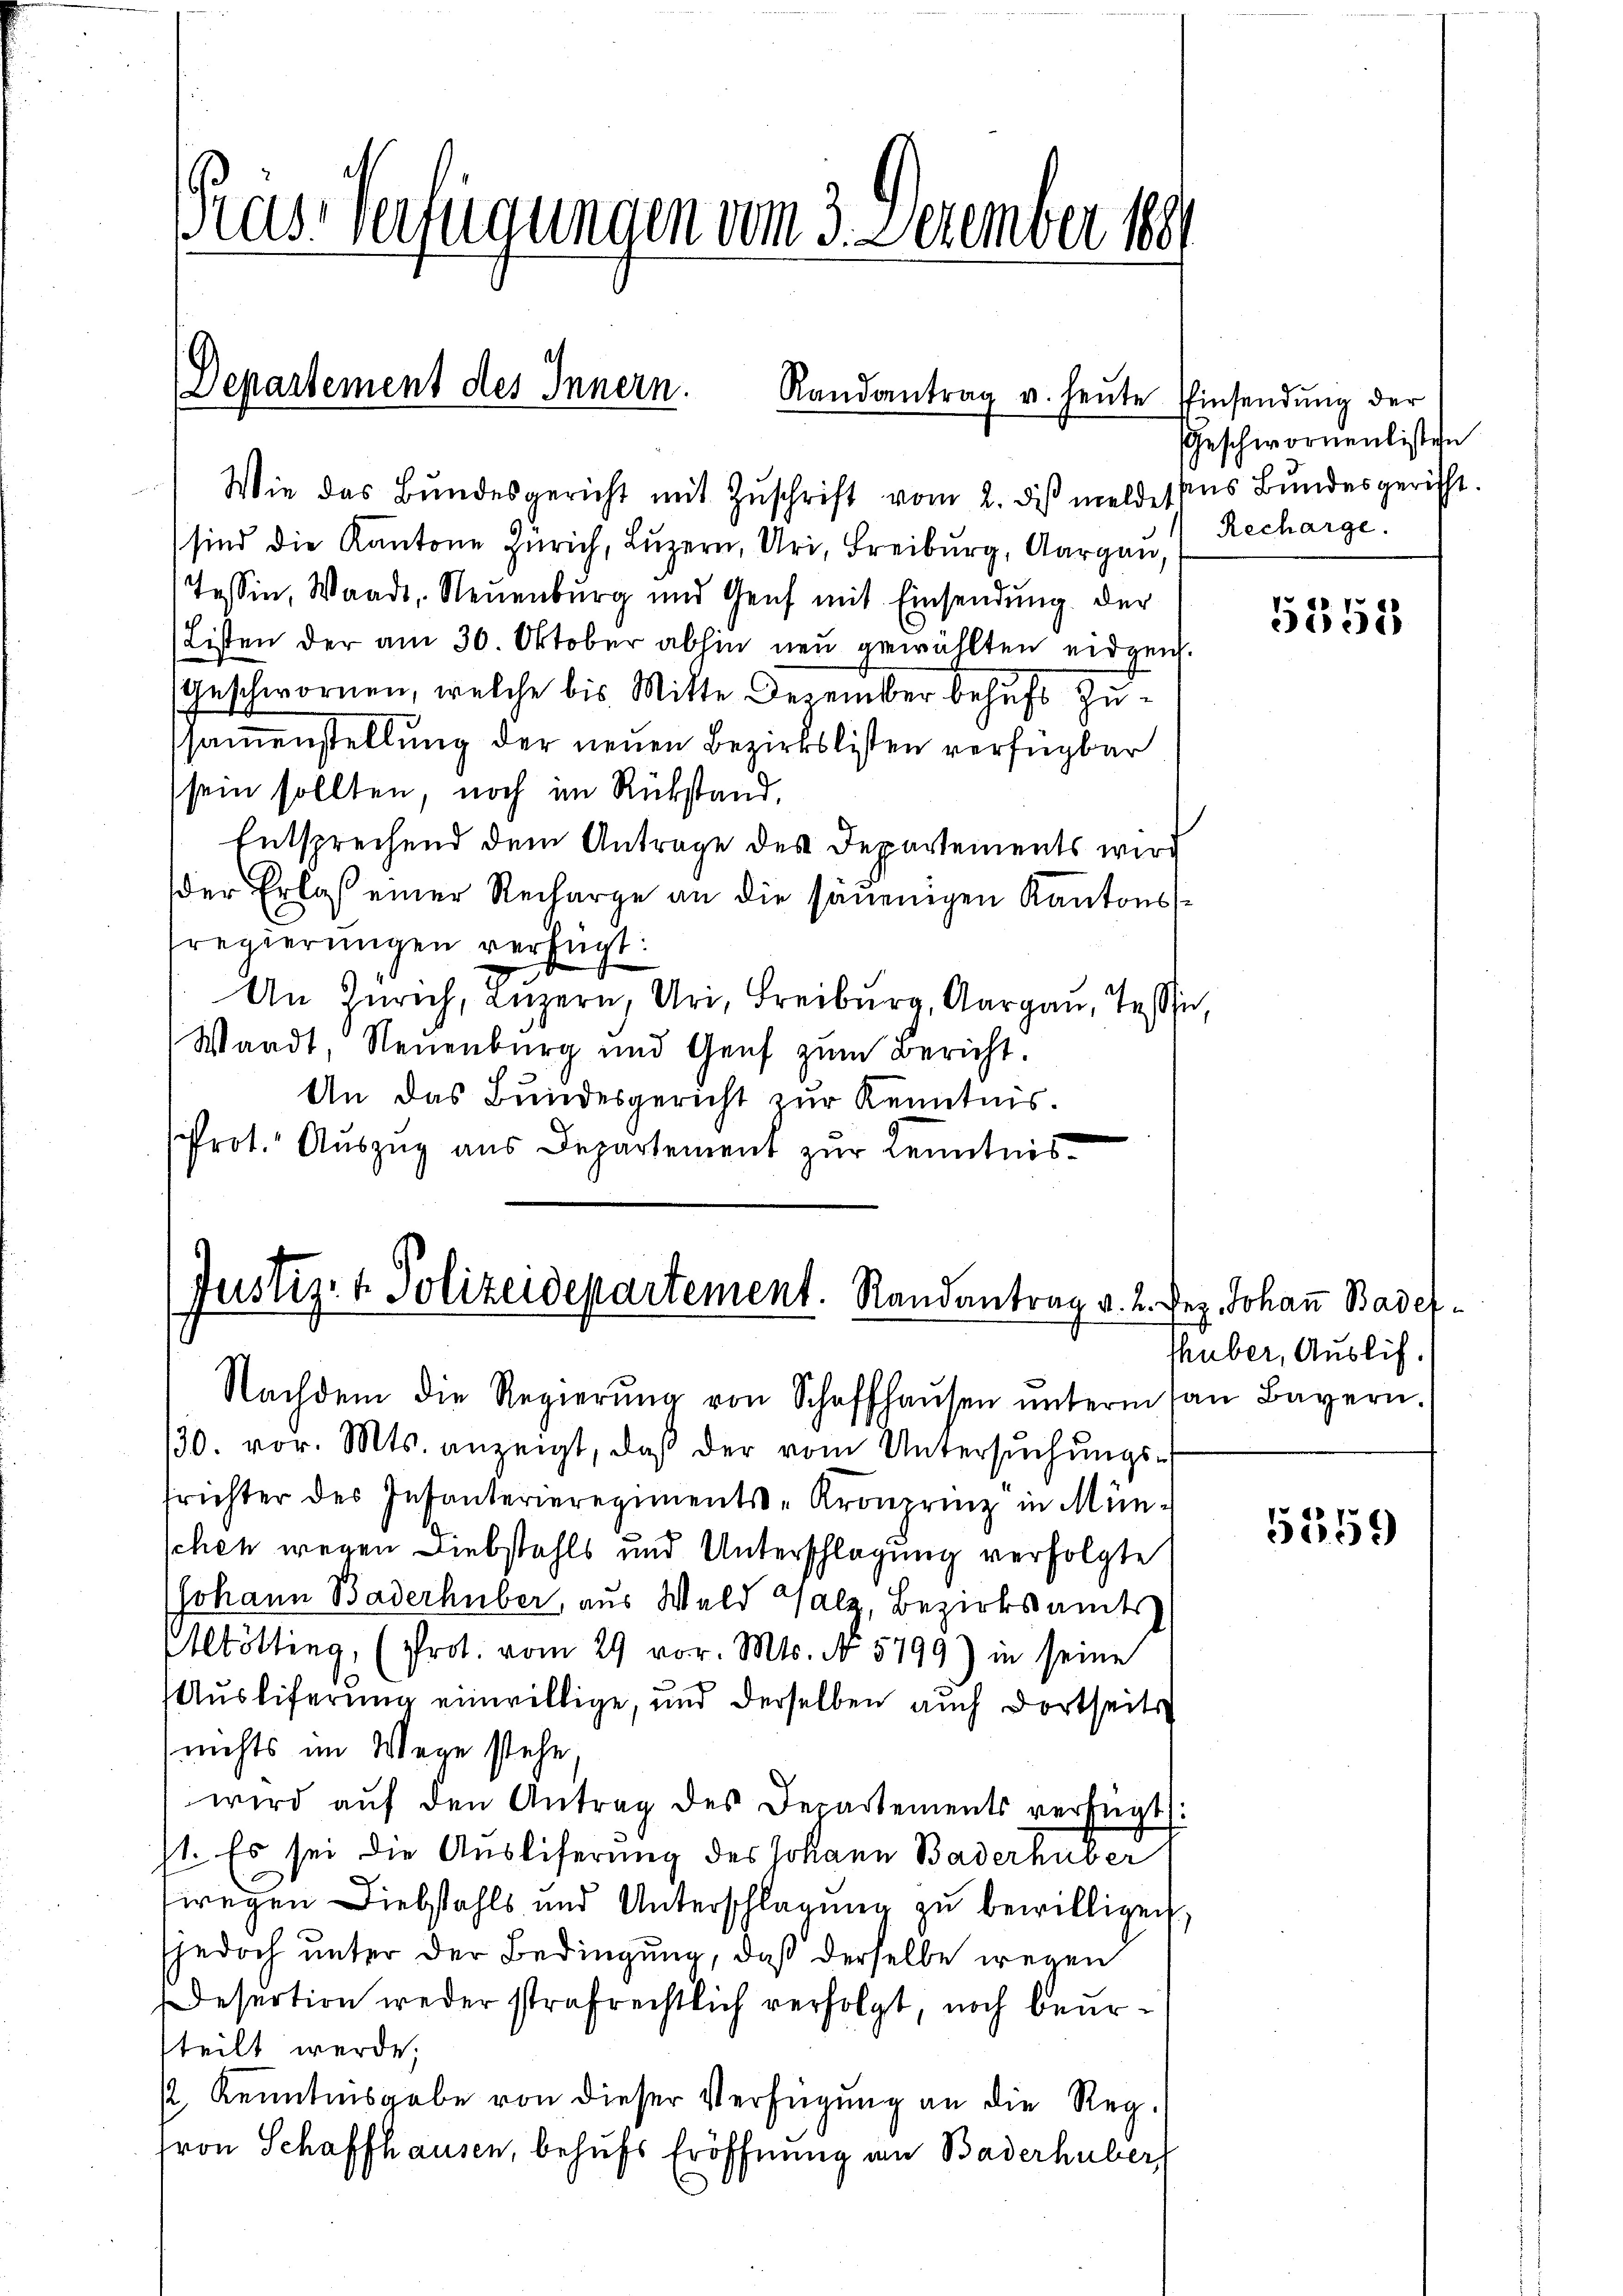
as-Verfügungen vom 3. Dezember 1889

Departement des Innern. Randantrag v. heute

) Wie das Bŭndesgericht mit Zŭschrift vom 2. dβ meldestens Bŭndesgericht.
sind die Kantone Zürich, Luzern, Uri, Freiburg, Aargau,
Tessin, Waadt, Neuenburg und Genf mit Einsendung der
Listen der am 30. Oktober abhin neu gewählten eidgen.
Geschwornen, welche bis Mitte. Dezember behufs Zussammenstellung der neuen Bezirkslisten verfügbar
sein sollten, noch im Rükstand.
Entsprechend dem Antrage des Departements wird
der Erlaß einer Recharge an die säuenigen Kantonssregierungen verfügt:
An Zürich, Luzern, Uri, Freiburg, Aargau, Tessin,
Waadt, Neuenburg und Genf zum Bericht.
An das Bundesgericht zur Kenntnis.
Prot. Aŭszŭg aŭs Departement zŭr Kenntnis-

Justiz- & Polizeidepartement. Randantrag v. 2.
Nachdem die Regierŭng von Schaffhaŭsen ŭntermaṅ Bayern.

30. vor. Mts. anzeigt, daβ der vom Untersŭchŭngs-
frichter des Infanterieregiments-Kronprinz in Mün-
schen wegen Diebstahls und Unterschlagung verfolgte
Johann Baderhüber, aus Wald Salz, Bezirksamts
Altötting, (Prot. vom 29 vor. Mts. No 5799) in seine
Auslieferung einwillige, und derselben auch dortseits
nichts im Wege stehe.
wird aŭf den Antrag des Departements verfügt:
st. Es sei die Ausliferung des Johann Baderhüber
wegen Diebstahls und Unterschlagung zu bewilligen
sjedoch unter der Bedingung, daß derselbe wegen
Desertion weder strafrechtlich verfolgt, noch beursteilt werde;
½ Kenntnisgabe von dieser Verfügung an die Reg.
fron Schaffhausen, behufs Eröffnung an Baderhüber

Einsendung der
Geschwornenlisten
Recharge.

V.
5508

Dez. Johann Bader
thuber, Auslif.

5359